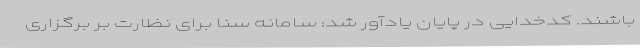
باشند. کدخدایی در پایان یادآور شد: سامانه سنا برای نظارت بر برگزاری